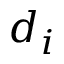
d _ { i }